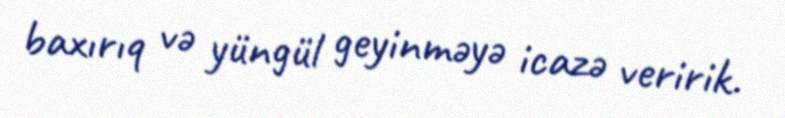
baxırıq və yüngül geyinməyə icazə veririk.